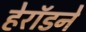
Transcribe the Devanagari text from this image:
हेरॉडने